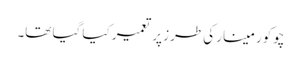
چوکور مینار کی طرز پر تعمیر کیا گیا تھا۔